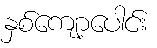
နှစ်ကျော့ပေါင်း